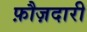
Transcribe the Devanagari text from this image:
फ़ौज़दारी